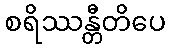
စရိဿန္တီတိပေ